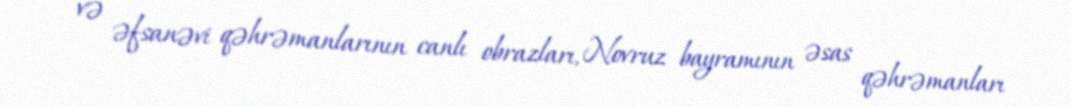
və əfsanəvi qəhrəmanlarının canlı obrazları, Novruz bayramının əsas qəhrəmanları